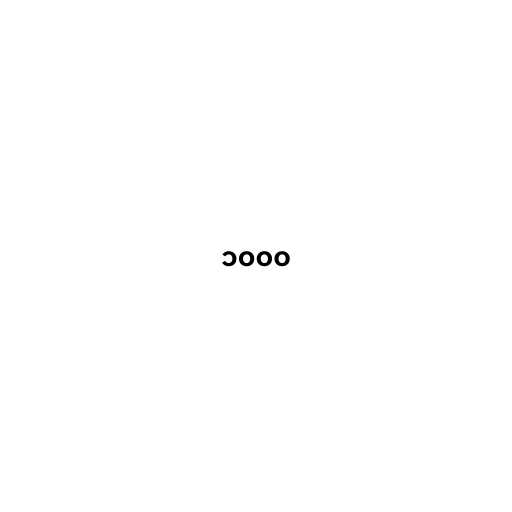
၁၀၀၀